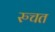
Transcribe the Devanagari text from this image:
रुचत